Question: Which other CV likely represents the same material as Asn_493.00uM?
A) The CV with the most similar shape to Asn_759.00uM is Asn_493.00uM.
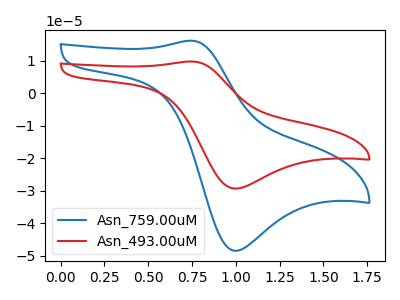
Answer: <think>The blue curve "Asn_759.00uM" has an anodic peak at (0.75V, 16.20uA) and a cathodic peak at (1.00V, -48.50uA). The red curve "Asn_493.00uM" has an anodic peak at (0.75V, 9.80uA) and a cathodic peak at (1.00V, -29.35uA).
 All the peaks in "Asn_759.00uM" have a peak in "Asn_493.00uM" at the same potential. Every peak in "Asn_759.00uM" is higher than every peak in "Asn_493.00uM".</think>
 <answer>A) The CV with the most similar shape to "Asn_759.00uM" is "Asn_493.00uM".</answer>
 <eval>A</eval>